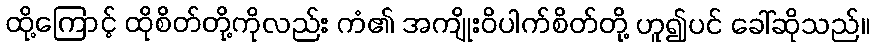
ထို့ကြောင့် ထိုစိတ်တို့ကိုလည်း ကံ၏ အကျိုးဝိပါက်စိတ်တို့ ဟူ၍ပင် ခေါ်ဆိုသည်။